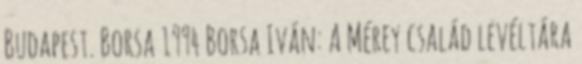
Budapest. Borsa 1994 Borsa Iván: A Mérey család levéltára